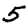
Digit: 5